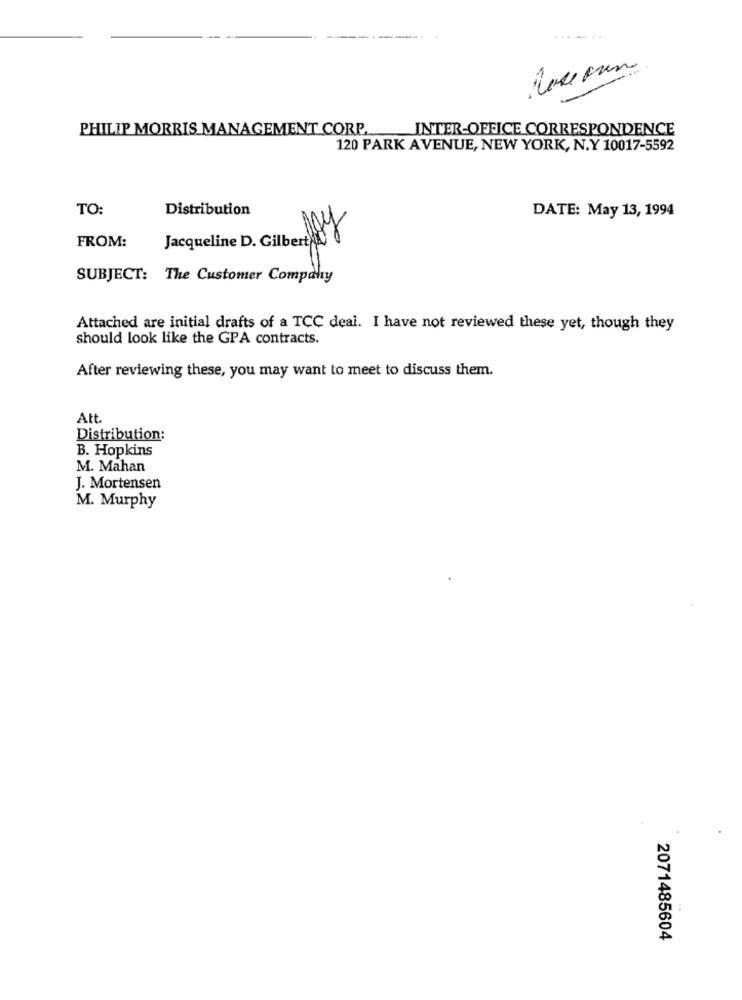
PHILIP MORRIS MANAGEMENT CORP.
INTER-OFFICE CORRESPONDENCE
120 PARK AVENUE, NEW YORK, N.Y 10017-5592
TO:
Distribution
DATE: May 13, 1994
FROM:
Jacqueline D. Gilbert
SUBJECT: The Customer Company
Attached are initial drafts of a TCC deal. I have not reviewed these yet, though they
should look like the GPA contracts.
After reviewing these, you may want to meet to discuss them.
Att.
Distribution:
B. Hopkins
M. Mahan
J. Mortensen
M. Murphy
2071485604